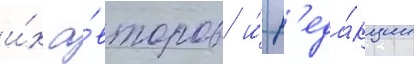
и́х а́второв и́ р'еда́кции